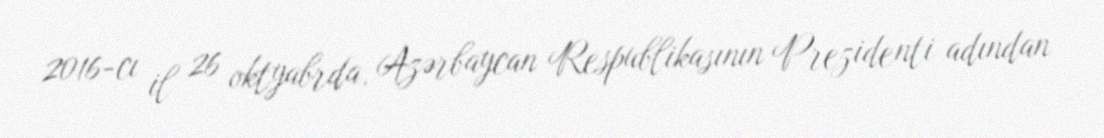
2016-cı il 26 oktyabrda, Azərbaycan Respublikasının Prezidenti adından